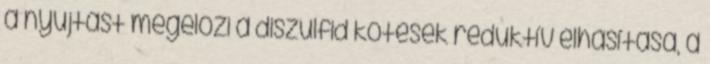
a nyújtást megelőzi a diszulfid kötések reduktív elhasítása, a